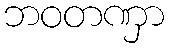
ဘဝတဏှာ